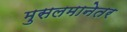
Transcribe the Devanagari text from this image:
मुसलमानेतर